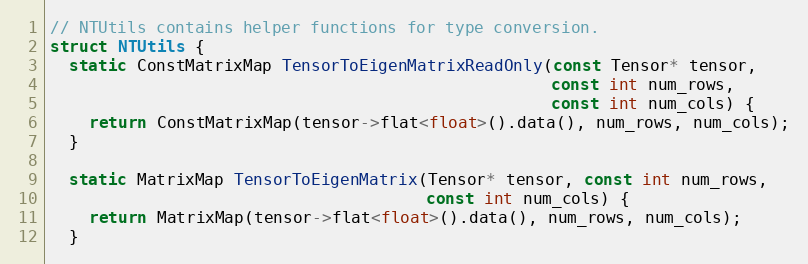
Language: C
// NTUtils contains helper functions for type conversion.
struct NTUtils {
  static ConstMatrixMap TensorToEigenMatrixReadOnly(const Tensor* tensor,
                                                    const int num_rows,
                                                    const int num_cols) {
    return ConstMatrixMap(tensor->flat<float>().data(), num_rows, num_cols);
  }

  static MatrixMap TensorToEigenMatrix(Tensor* tensor, const int num_rows,
                                       const int num_cols) {
    return MatrixMap(tensor->flat<float>().data(), num_rows, num_cols);
  }